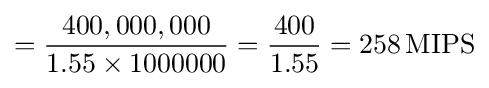
={\frac {400,000,000}{1.55\times 1000000}}={\frac {400}{1.55}}=258\,{\text{MIPS}}